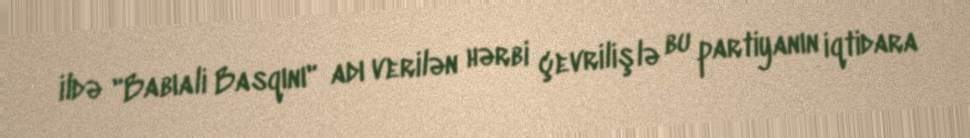
ildə "Babıali Basqını" adı verilən hərbi çevrilişlə bu partiyanın iqtidara